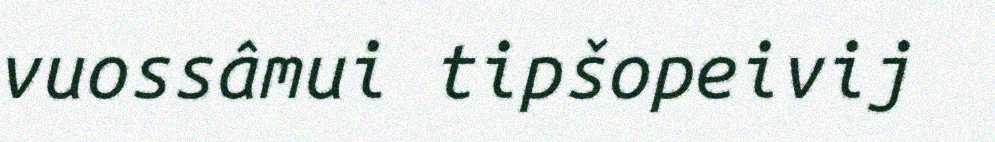
vuossâmui tipšopeivij